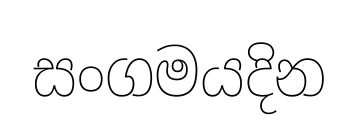
සංගමයදින